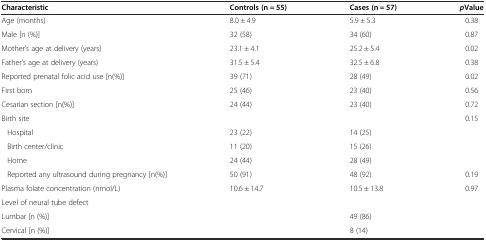
| Characteristic | Controls (n = 55) | Cases (n = 57) | pValue |
 | --- | --- | --- | --- |
 | Age (months) | 8.0 ± 4.9 | 5.9 ± 5.3 | 0.38 |
 | Male [n (%)] | 32 (58) | 34 (60) | 0.87 |
 | Mother’s age at delivery (years) | 23.1 ± 4.1 | 25.2 ± 5.4 | 0.02 |
 | Father’s age at delivery (years) | 31.5 ± 5.4 | 32.5 ± 6.8 | 0.38 |
 | Reported prenatal folic acid use [n(%)] | 39 (71) | 28 (49) | 0.02 |
 | First born | 25 (46) | 23 (40) | 0.56 |
 | Cesarian section [n(%)] | 24 (44) | 23 (40) | 0.72 |
 | Birth site |  |  | 0.15 |
 | Hospital | 23 (22) | 14 (25) |  |
 | Birth center/clinic | 11 (20) | 15 (26) |  |
 | Home | 24 (44) | 28 (49) |  |
 | Reported any ultrasound during pregnancy [n(%)] | 50 (91) | 48 (92) | 0.19 |
 | Plasma folate concentration (nmol/L) | 10.6 ± 14.7 | 10.5 ± 13.8 | 0.97 |
 | Level of neural tube defect |  |  |  |
 | Lumbar [n (%)] |  | 49 (86) |  |
 | Cervical [n (%)] |  | 8 (14) |  |